Report of the King Institute of Preventive Medicine, Guindy
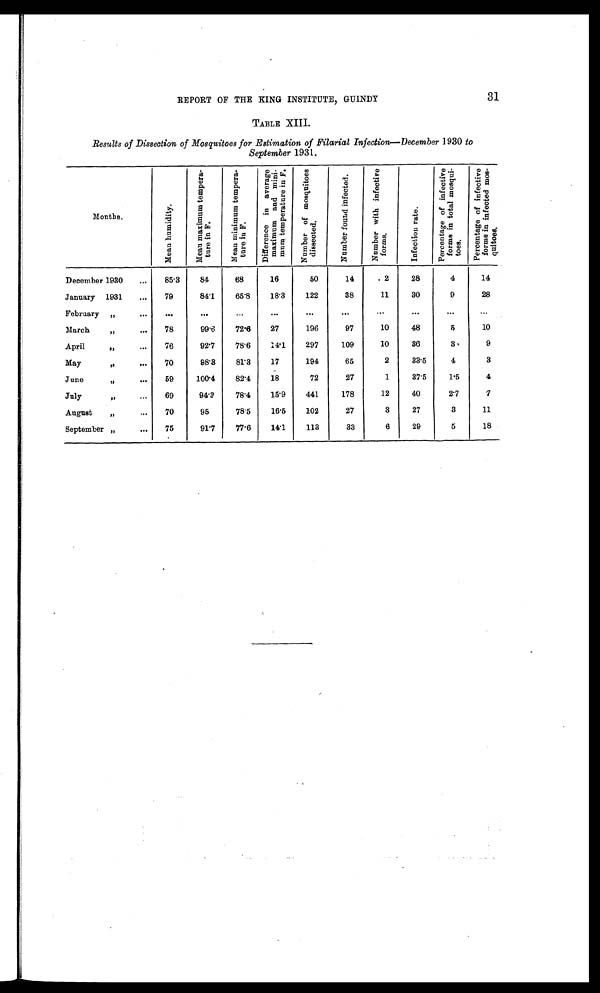
3 1
REPORT OF THE KING INSTITUTE, GUINDY
TABLE XIII.
Results of Dissection of Mosquitoes for Estimation of Filarial Infection—December 1930 to
September 1931.
Months.
M e a n h u m i d i t y
M e a n m a x i m u m t e m p e r a ¬ t u r e i n F .
M e a n m i n i m u m t e m p e r a ¬ t u r e i n F .
D i f f e r e n c e i n a v e r a g e m a x i m u m a n d m i n i ¬ m u m t e m p e r a t u r e i n F .
N u m b e r o f m o s q u i t o e s d i s s e c t e d .
N u m b e r f o u n d i n f e c t e d .
N u m b e r w i t h i n f e c t i v e f o r m s .
I n f e c t i o n r a t e .
P e r c e n t a g e o f i n f e c t i v e f o r m s i n t o t a l m o s ¬ q u i t o e s .
P e r c e n t a g e o f i n f e c t i v e f o r m s i n i n f e c t e d m o s ¬ q u i t o e s .
December 1930
85·3
84
68
16
50
14
. 2
28
4
14
January 1931
79
84·1
65·8
18·3
122
38
11
30
9
28
February 1931
March 1931
78
99·6
72·6
27
196
97
10
48
5
10
April 1931
76
92·7
78·6
14·1
297
109
10
36
3
9
May 1931
70
98·3
81·3
17
194
65
2
33·5
4
3
June 1931
59
100·4
82·4
18
72
27
1
37·5
1·5
4
July 1931
69
94·3
78·4
15·9
441
178
12
40
2·7
7
August 1931
70
95
78·5
16·5
102
27
3
27
3
11